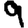
Digit: 9